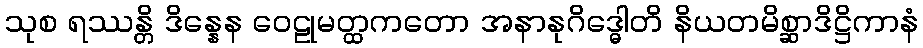
သုစ ရဿန္တိ ဒိန္နေန ဝေဠုမတ္ထကတော အနာနုဂိဒ္ဓေါတိ နိယတမိစ္ဆာဒိဋ္ဌိကာနံ